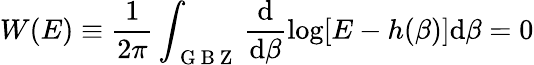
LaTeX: W(E)\equiv\frac{1}{2\pi}\int_{\mathrm{~G~B~Z~}}\frac{\mathrm{d}}{\mathrm{d}\beta}\log[E-h(\beta)]\mathrm{d}\beta=0